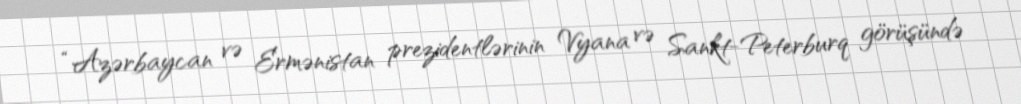
“Azərbaycan və Ermənistan prezidentlərinin Vyana və Sankt-Peterburq görüşündə